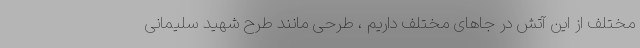
مختلف از این آتش در جاهای مختلف داریم ، طرحی مانند طرح شهید سلیمانی